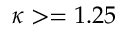
\kappa > = 1 . 2 5